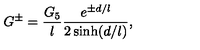
G ^ { \pm } = \frac { G _ { 5 } } l \frac { e ^ { \pm d / l } } { 2 \sinh ( d / l ) } ,